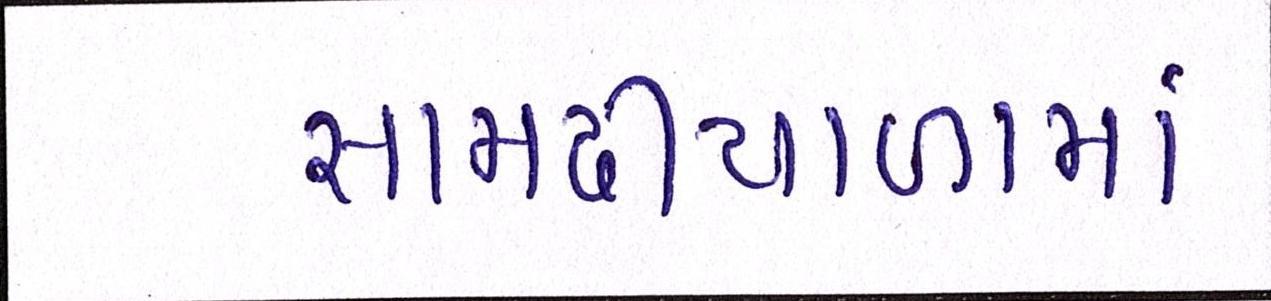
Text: સામઢીયાળામાં